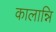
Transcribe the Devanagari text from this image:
कालान्नि